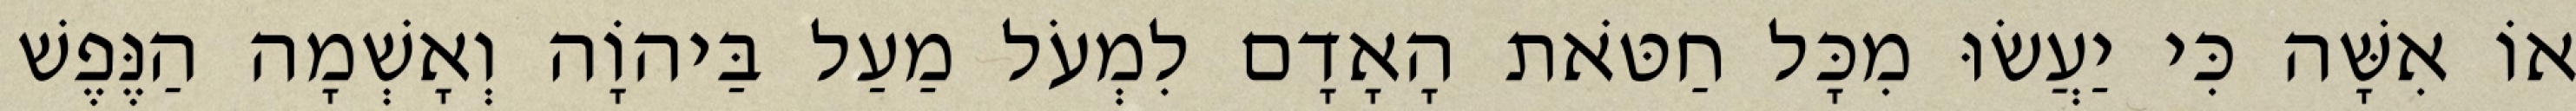
אוֹ אִשָּׁה כִּי יַעֲשׂוּ מִכָּל חַטֹּאת הָאָדָם לִמְעֹל מַעַל בַּיהוָֹה וְאָשְׁמָה הַנֶּפֶשׁ